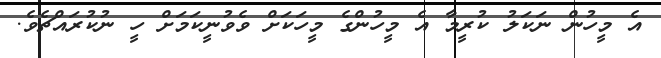
އެ މީހުން ނަކަލު ކުރީމާ އެ މީހުންގެ މީހަކަށް ވެވުނީކަމަށް ހީ ނުކުރައްޗެވެ.